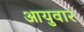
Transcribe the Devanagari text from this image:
आयुवार